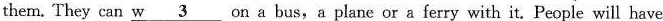
them. They can w \underline{3} on a bus,a plane or a ferry with it. People will have